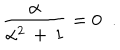
\frac { \alpha } { \alpha ^ { 2 } \, + \, 1 } = 0 \; \; .